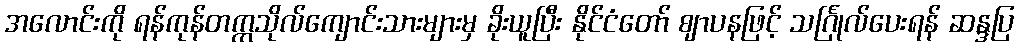
အလောင်းကို ရန်ကုန်တက္ကသိုလ်ကျောင်းသားများမှ ခိုးယူပြီး နိုင်ငံတော် ဈာပနဖြင့် သင်္ဂြုလ်ပေးရန် ဆန္ဒပြ